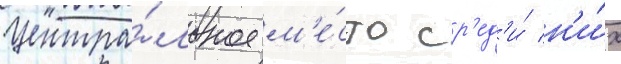
Центра́льное м'е́сто ср'ед'и́ н'и́х